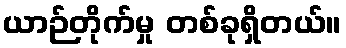
ယာဉ်တိုက်မှု တစ်ခုရှိတယ်။